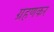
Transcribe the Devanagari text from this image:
ग्रहणकर